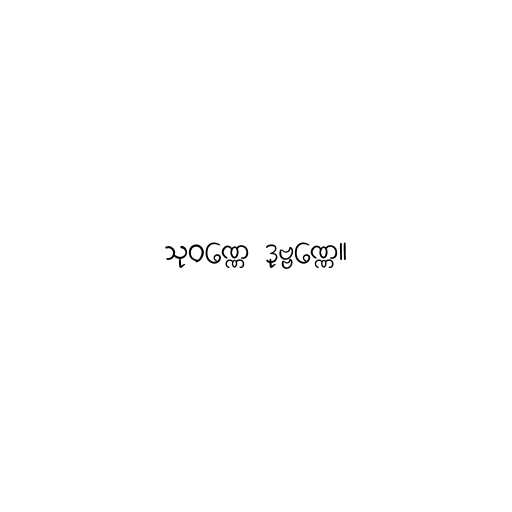
သုဝဏ္ဏေ ဒုဗ္ဗဏ္ဏေ။